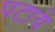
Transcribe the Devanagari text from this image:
पटाये